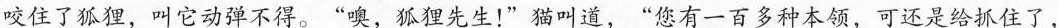
咬住了狐狸，叫它动弹不得。”嗅，狐狸先生！”猫叫道，”您有一百多种本领，可还是给抓住了，